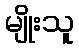
မျိုးသူ